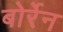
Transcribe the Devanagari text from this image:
बोर्रेन